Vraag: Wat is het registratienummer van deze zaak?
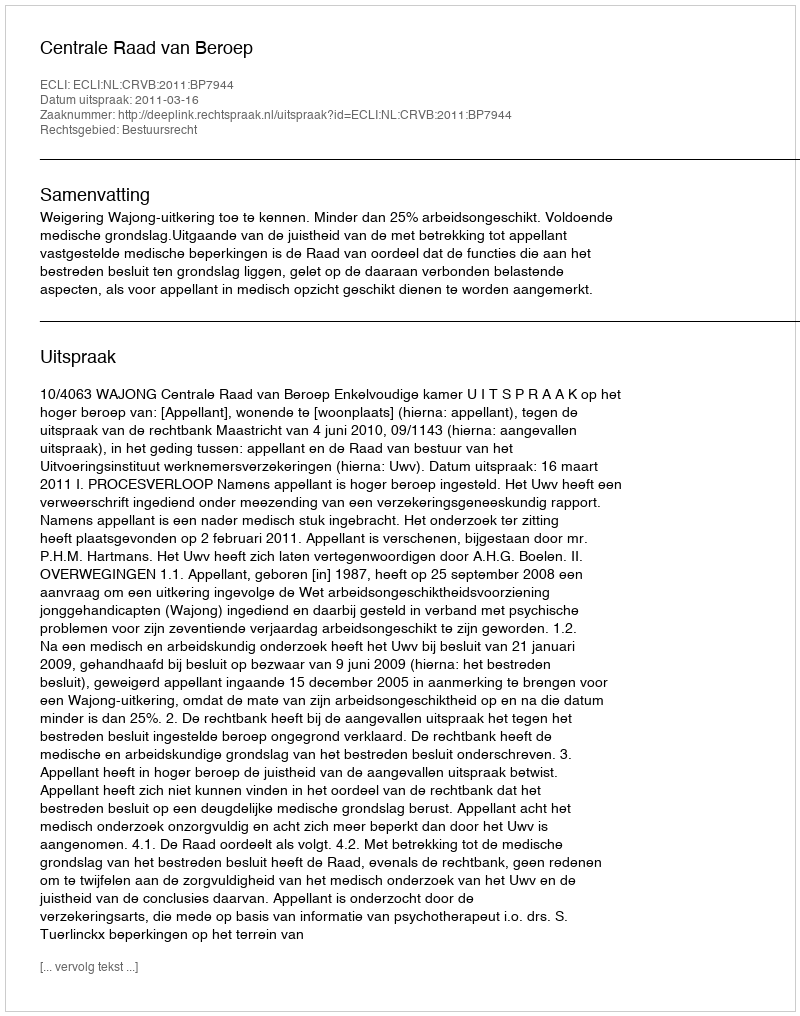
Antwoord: http://deeplink.rechtspraak.nl/uitspraak?id=ECLI:NL:CRVB:2011:BP7944